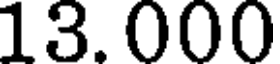
13.000